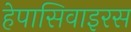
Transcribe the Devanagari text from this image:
हेपासिवाइरस